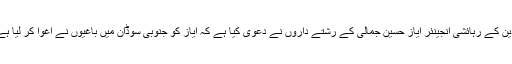
بدین کے رہائشی انجینئر ایاز حسین جمالی کے رشتے داروں نے دعوی کیا ہے کہ ایاز کو جنوبی سوڈان میں باغیوں نے اغوا کر لیا ہے۔